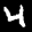
Label: 4